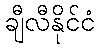
ချီလီနိုင်ငံ